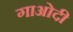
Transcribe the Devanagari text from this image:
गाओदी